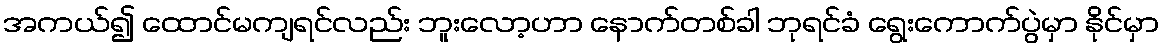
အကယ်၍ ထောင်မကျရင်လည်း ဘူးလော့ဟာ နောက်တစ်ခါ ဘုရင်ခံ ရွေးကောက်ပွဲမှာ နိုင်မှာ